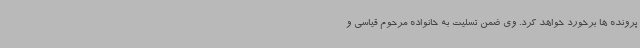
پرونده ها برخورد خواهد کرد. وی ضمن تسلیت به خانواده مرحوم قیاسی و